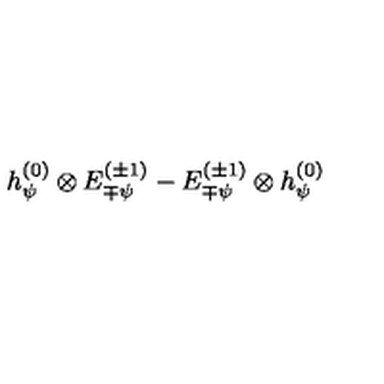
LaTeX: h _ { \psi } ^ { ( 0 ) } \otimes E _ { \mp \psi } ^ { ( \pm 1 ) } - E _ { \mp \psi } ^ { ( \pm 1 ) } \otimes h _ { \psi } ^ { ( 0 ) }